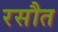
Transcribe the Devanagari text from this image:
रसौत